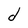
Character: d